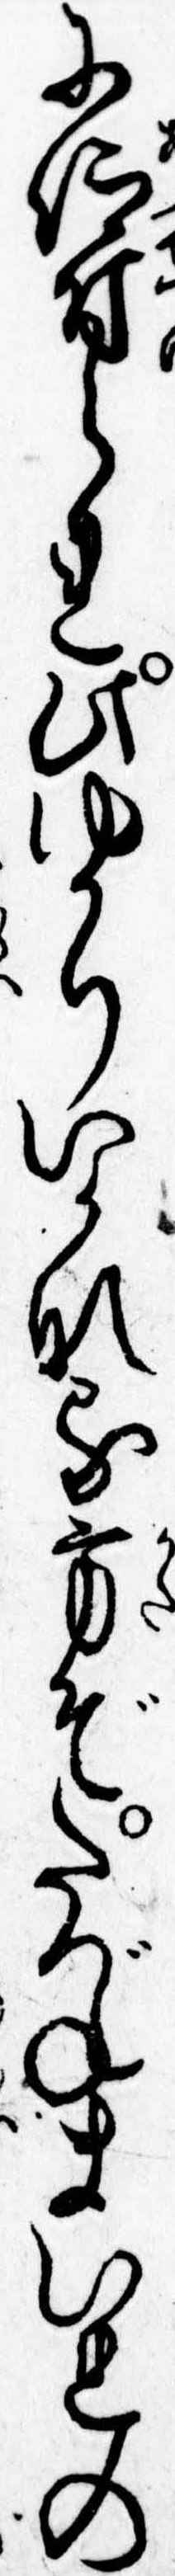
に仰付られ此ゆかりいかなる方ぞたづねまいれの